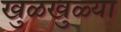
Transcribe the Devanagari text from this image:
खुळखुळ्या